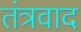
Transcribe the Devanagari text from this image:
तंत्रवाद